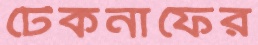
টেকনাফের